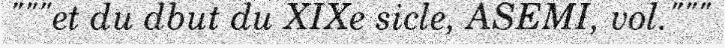
"""et du dbut du XIXe sicle, ASEMI, vol."""